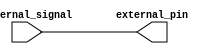
module open_drain_buffer (
    input wire internal_signal,
    output wire external_pin
);

assign external_pin = internal_signal;

endmodule